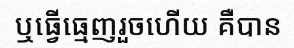
ឬធ្វើធ្មេញរួចហើយ គឺបាន